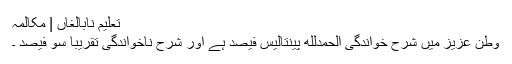
تعلیمِ نابالغاں | مکالمہ
وطنِ عزیز میں شرحِ خواندگی الحمدلله پینتالیس فیصد ہے اور شرحِ ناخواندگی تقریباً سو فیصد ۔